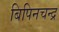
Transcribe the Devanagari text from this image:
बिपिनचन्द्र